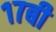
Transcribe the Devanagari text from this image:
१७बी